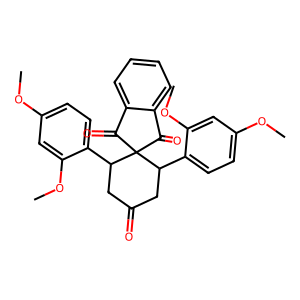
SMILES: COc1ccc(C2CC(=O)CC(c3ccc(OC)cc3OC)C23C(=O)c2ccccc2C3=O)c(OC)c1
Inhibits HIV replication: No